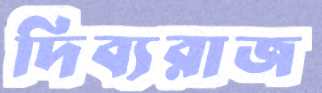
দিব্যরাজ